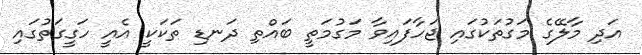
އަދި މާލޭގެ މަގުތަކުގައި ޖަހާފައިވާ މަގުމަތީ ބައްތި ދަނޑި ތަކަކީ އެއީ ހަގީގަތުގައި